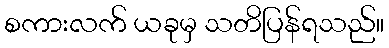
စကားလက် ယခုမှ သတိပြန်ရသည်။